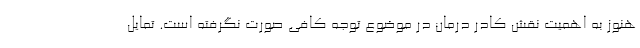
هنوز به اهمیت نقش کادر درمان در موضوع توجه کافی صورت نگرفته است. تمایل